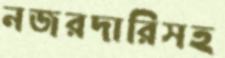
নজরদারিসহ